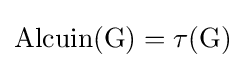
{\rm {{Alcuin}(G)=\tau (G)}}